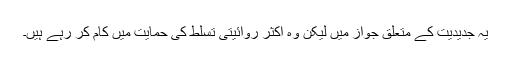
یہ جدیدیت کے متعلق جواز میں لیکن وہ اکثر روائیتی تسلط کی حمایت میں کام کر رہے ہیں۔